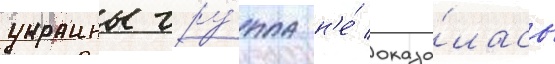
украины гру́ппа н'е́ оказа́лась